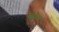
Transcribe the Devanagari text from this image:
भरोन